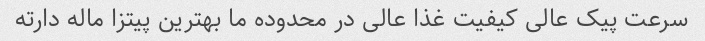
سرعت پیک عالی کیفیت غذا عالی در محدوده ما بهترین پیتزا ماله دارته